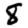
Digit: 8